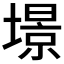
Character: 𡐹